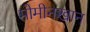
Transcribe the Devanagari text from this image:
मोमीनखान